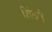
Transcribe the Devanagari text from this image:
शिंकजे